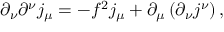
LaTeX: \partial _ { \nu } \partial ^ { \nu } j _ { \mu } = - f ^ { 2 } j _ { \mu } + \partial _ { \mu } \left( \partial _ { \nu } j ^ { \nu } \right) ,